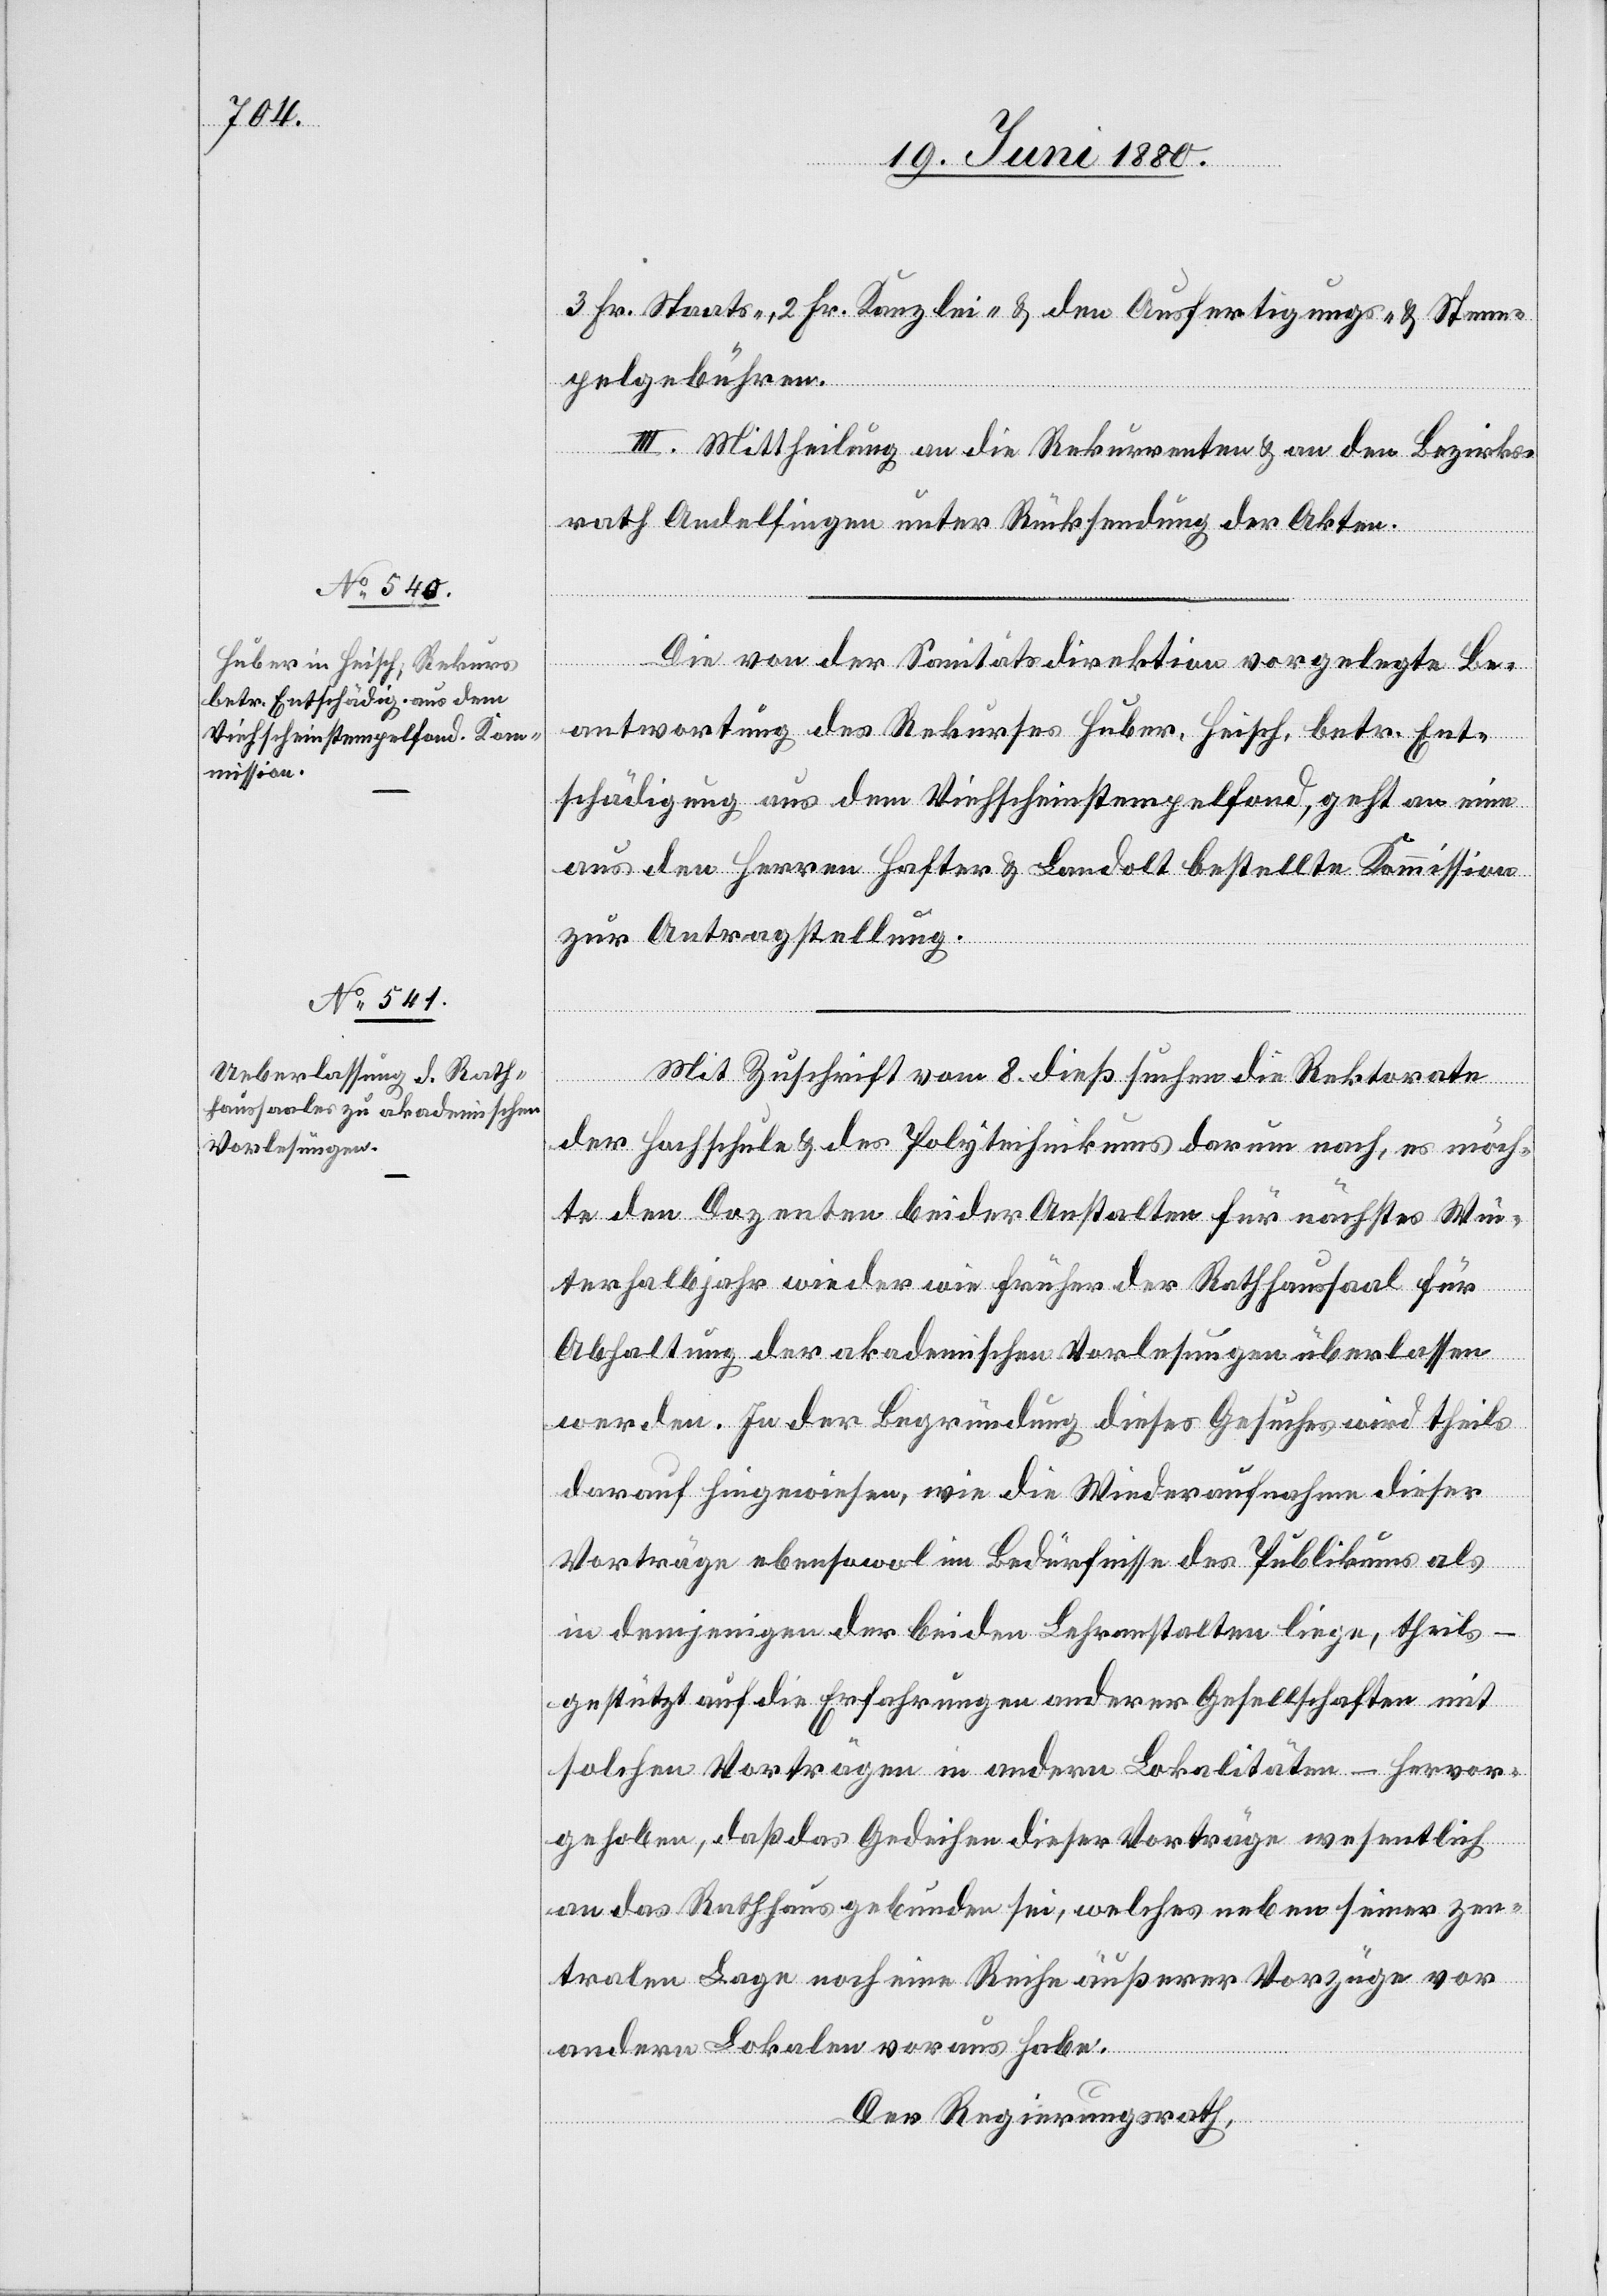
3 Fr. Staats-, 2 Fr. Kanzlei- & den Ausfertigungs- & Stem¬
pelgebühren.
III. Mittheilung an die Rekurrenten & an den Bezirks¬
rath Andelfingen unter Rücksendung der Akten.
Die von der Sanitätsdirektion vorgelegte Be¬
antwortung des Rekurses Huber, Heisch, betr. Ent¬
schädigung aus dem Viehscheinstempelfond, geht an eine
aus den Herren Hafter & Landolt bestellte Kommission
zur Antragstellung.
Mit Zuschrift vom 8. dieß suchen die Rektorate
der Hochschule & des Polytechnikums darum nach, es möch¬
te den Dozenten beider Anstalten für nächstes Win¬
terhalbjahr wieder wie früher der Rathhaussaal für
Abhaltung der akademischen Vorlesungen überlassen
werden. In der Begründung dieses Gesuches wird theils
darauf hingewiesen, wie die Wiederaufnahme dieser
Vorträge ebensowol im Bedürfnisse des Publikums als
in demjenigen der beiden Lehranstalten liege, theils
gestützt auf die Erfahrung anderer Gesellschaften mit
solchen Vorträgen in andern Lokalitäten – hervor¬
gehoben, daß das Gedeihen dieser Vorträge wesentlich
an das Rathhaus gebunden sei, welches neben seiner zen¬
tralen Lage noch eine Reihe äußerer Vorzüge vor
andern Lokalen voraus habe.
Der Regierungsrath,